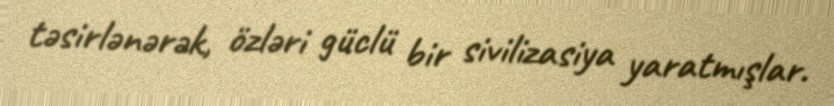
təsirlənərək, özləri güclü bir sivilizasiya yaratmışlar.